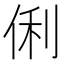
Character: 俐